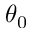
\theta _ { 0 }